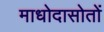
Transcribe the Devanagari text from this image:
माधोदासोतों